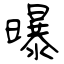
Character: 曝